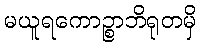
မယူရကောဉ္စာဘိရုတမှိ